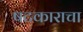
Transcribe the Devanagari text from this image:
षटकाराचा